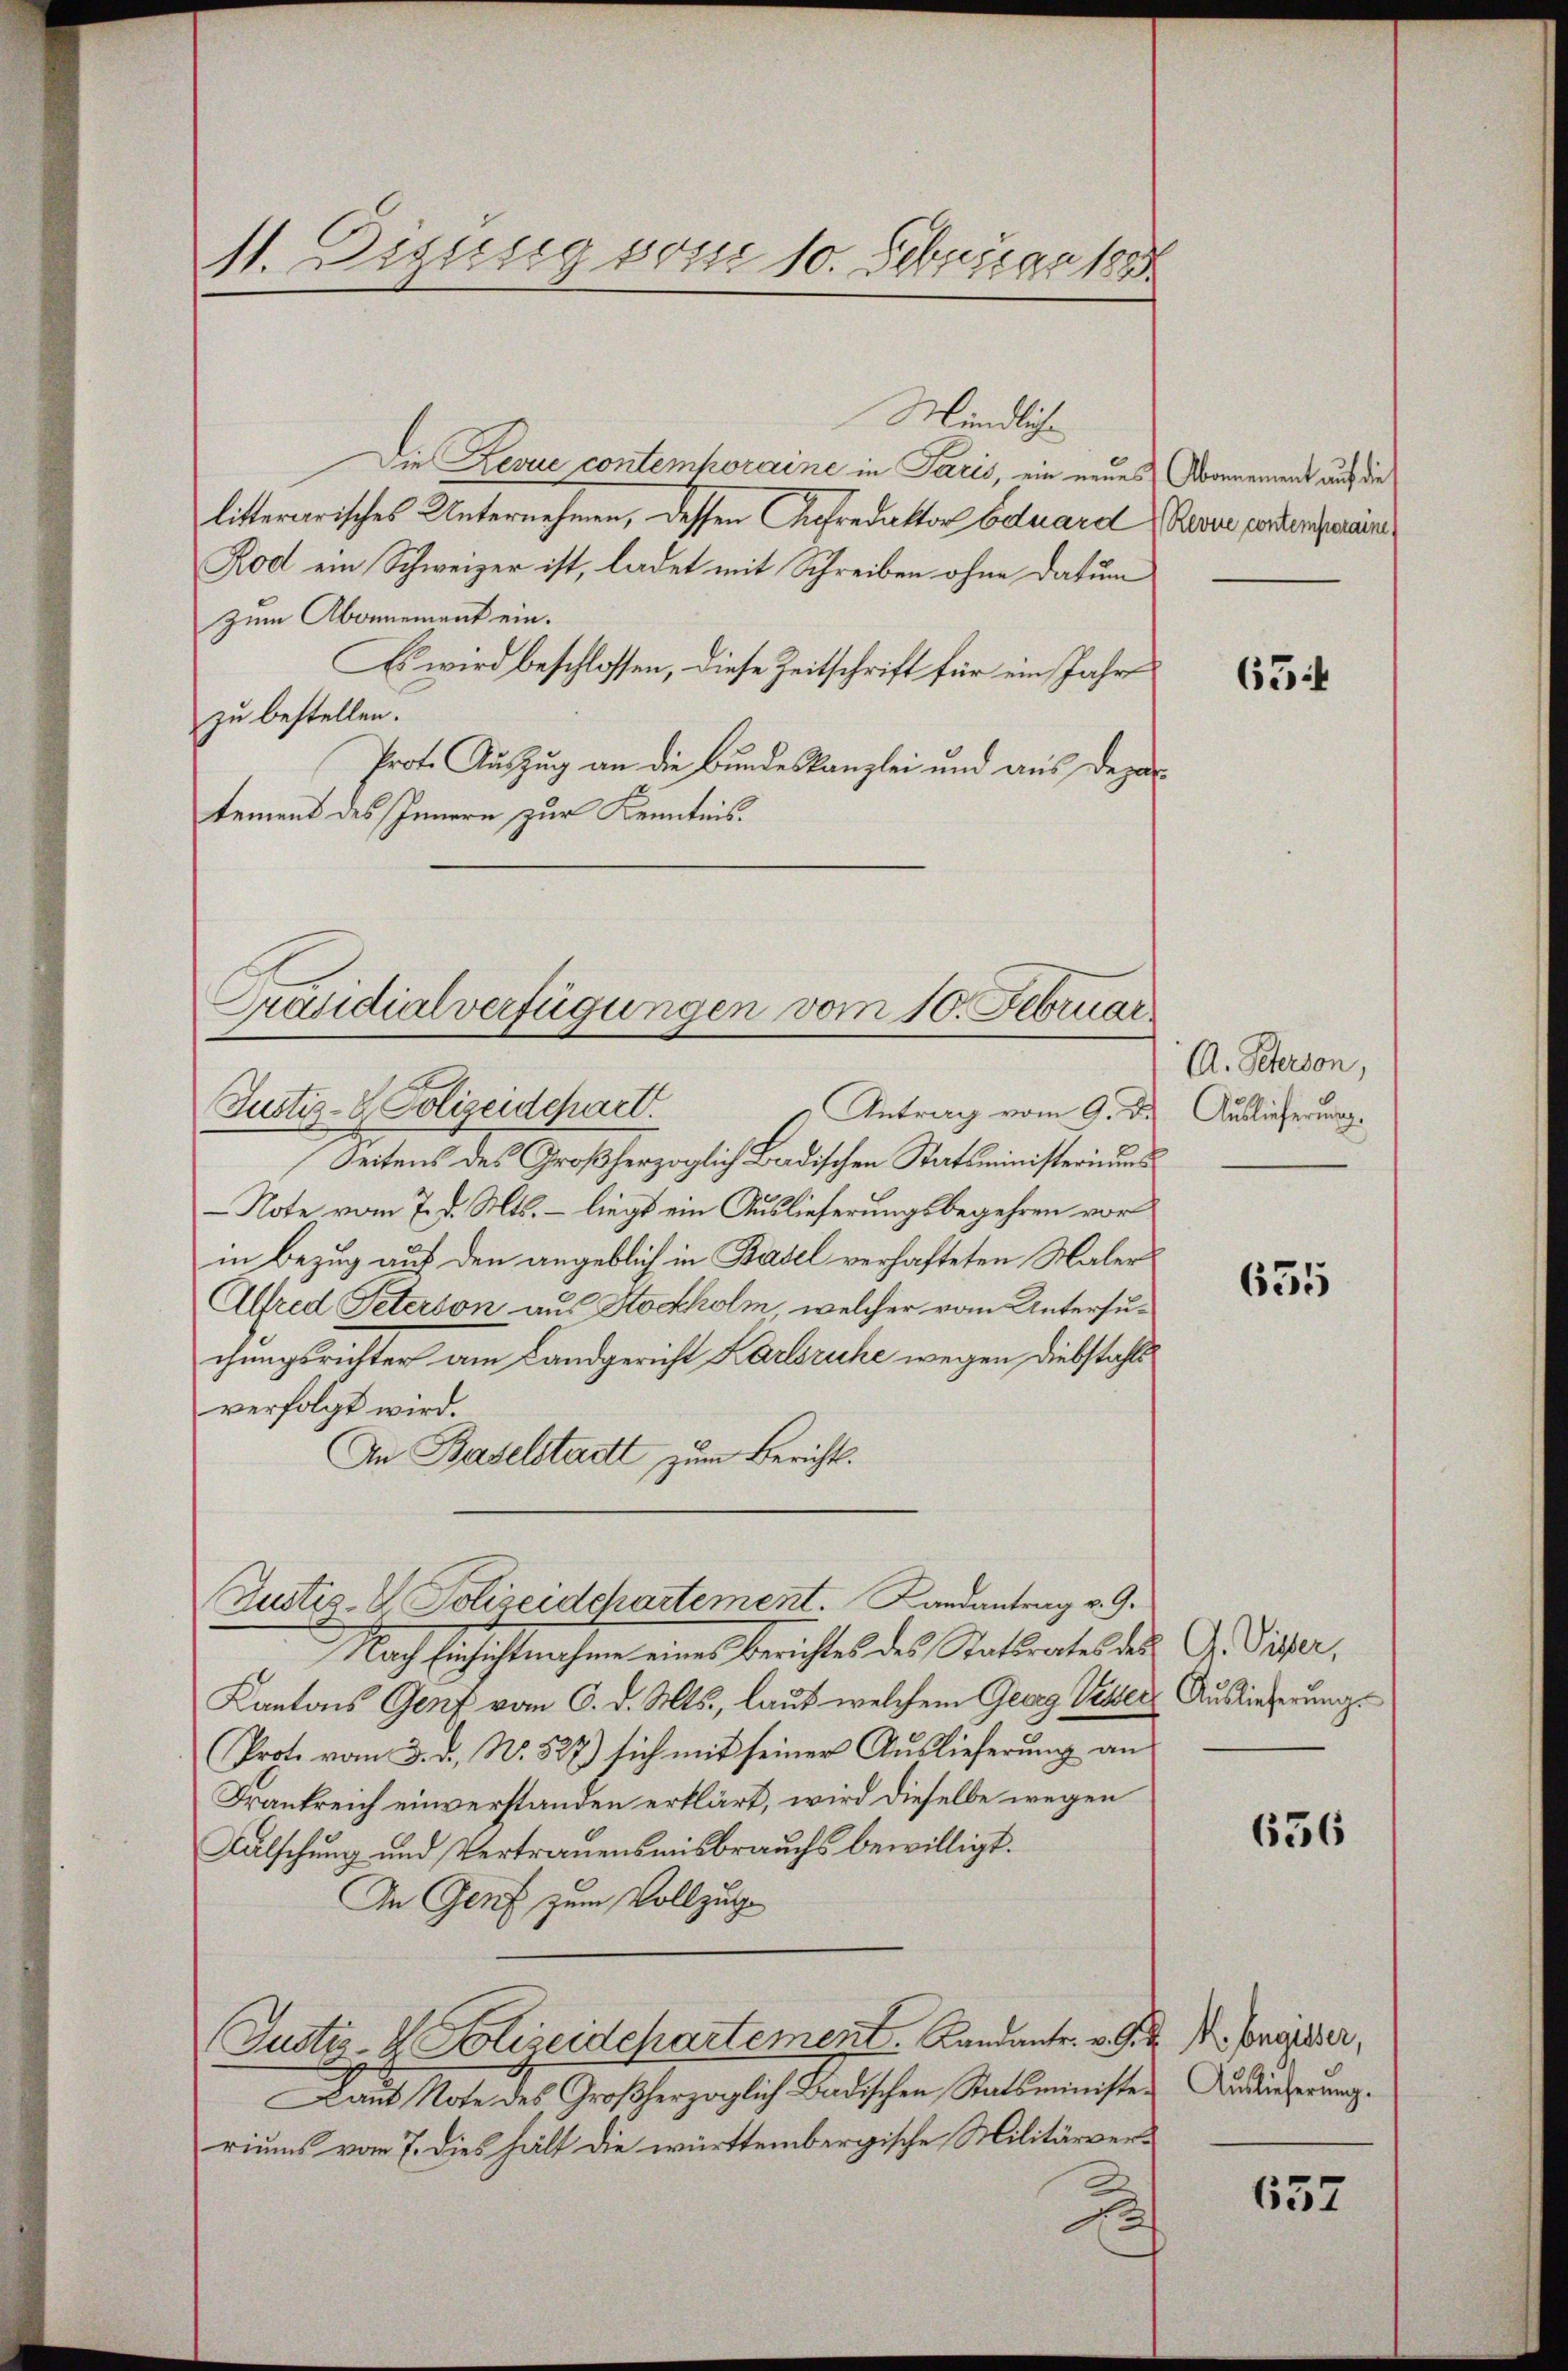
11. Digung vom 10. Februar 1888

Präsidialverfügungen vom 10. Februar.

Mündliche

Die Revue contemhoraine in Paris, ein neues Obernement auf die
litterarisches Unternehmen, dessen Aufredaktor Eduard Rever perden wäre
Rod ein Schweizer ist, ladet mit Schreiben ohne Datum
zum Abonnement ein.
Es wird beschlossen, diese Zeitschrift für ein Jahre
zu bestellen.
Prot. Auszug an die Bundeskanzlei und aus Depar
tement des Innern zur Kenntnis.
Justiz- & Polizeidepart.
 Antrag vom 9. Ju
Seitens des Großherzoglich Badischen Statsministeriums
-Note vom 7. d. Mts. – liegt ein Auslieferungsbegehren vor
in Bezug auf den angeblich in Basel verhafteten Maler
Alfred Peterson aus Stockholm, welcher vom Untersuchungsrichter am Landgericht Karlsruhe wegen Diebstahls
verfolgt wird.
An Baselstatt zum Berichts.
Justiz- & Polizeidchartement. Landantrag v. 9.
Nach Einsichtnahme eines Berichtes des Staturates des Gr. Piper,
Kantons Genf vom 6. d. Mts., laut welchem Georg Vetter Auslieferungs
Prote vom 3. d. N. 527) sich mit seiner Auslieferŭng an
Frankreich einverstanden erklärt, wird dieselbe wegen
Aalschung und Vertrauensmisbrauchs bewilligt.
In Genf zum Vollzug
Justi - 4. Polizeidepartement. Kandante. v. M. D. Präsider,
Lant Note des Großherzoglich-Badischen Statsminister Auslieferung.
riums vom 7. dies hält die württembergische Militärverd

65

A. Peterson,
Auslieferung.

655

656

657